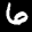
Label: 6